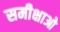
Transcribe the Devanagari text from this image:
समीक्षाओ